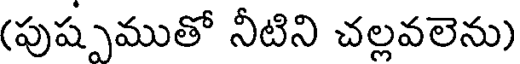
(పుష్పముతో నీటిని చల్లవలెను)